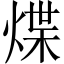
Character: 煠